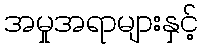
အမှုအရာများနှင့်